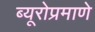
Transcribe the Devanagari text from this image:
ब्यूरोप्रमाणे